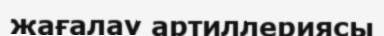
жағалау артиллериясы